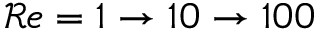
{ \mathcal { R } e } = 1 \rightarrow 1 0 \rightarrow 1 0 0